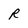
Character: R